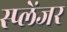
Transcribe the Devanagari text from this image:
स्प्लेंजर